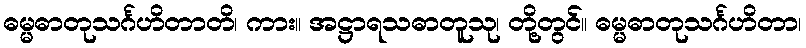
ဓမ္မဓာတုသင်္ဂဟိတာတိ၊ ကား။ အဋ္ဌာရသဓာတူသု၊ တို့တွင်။ ဓမ္မဓာတုသင်္ဂဟိတာ၊